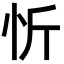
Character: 忻